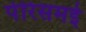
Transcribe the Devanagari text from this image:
पेरिसमई